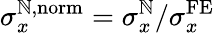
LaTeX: \sigma_{x}^{\mathbb{N},\mathrm{{norm}}}=\sigma_{x}^{\mathbb{N}}/\sigma_{x}^{\mathrm{{FE}}}